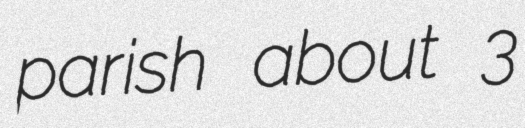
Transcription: parish about 3